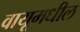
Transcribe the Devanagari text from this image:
वायूमधील